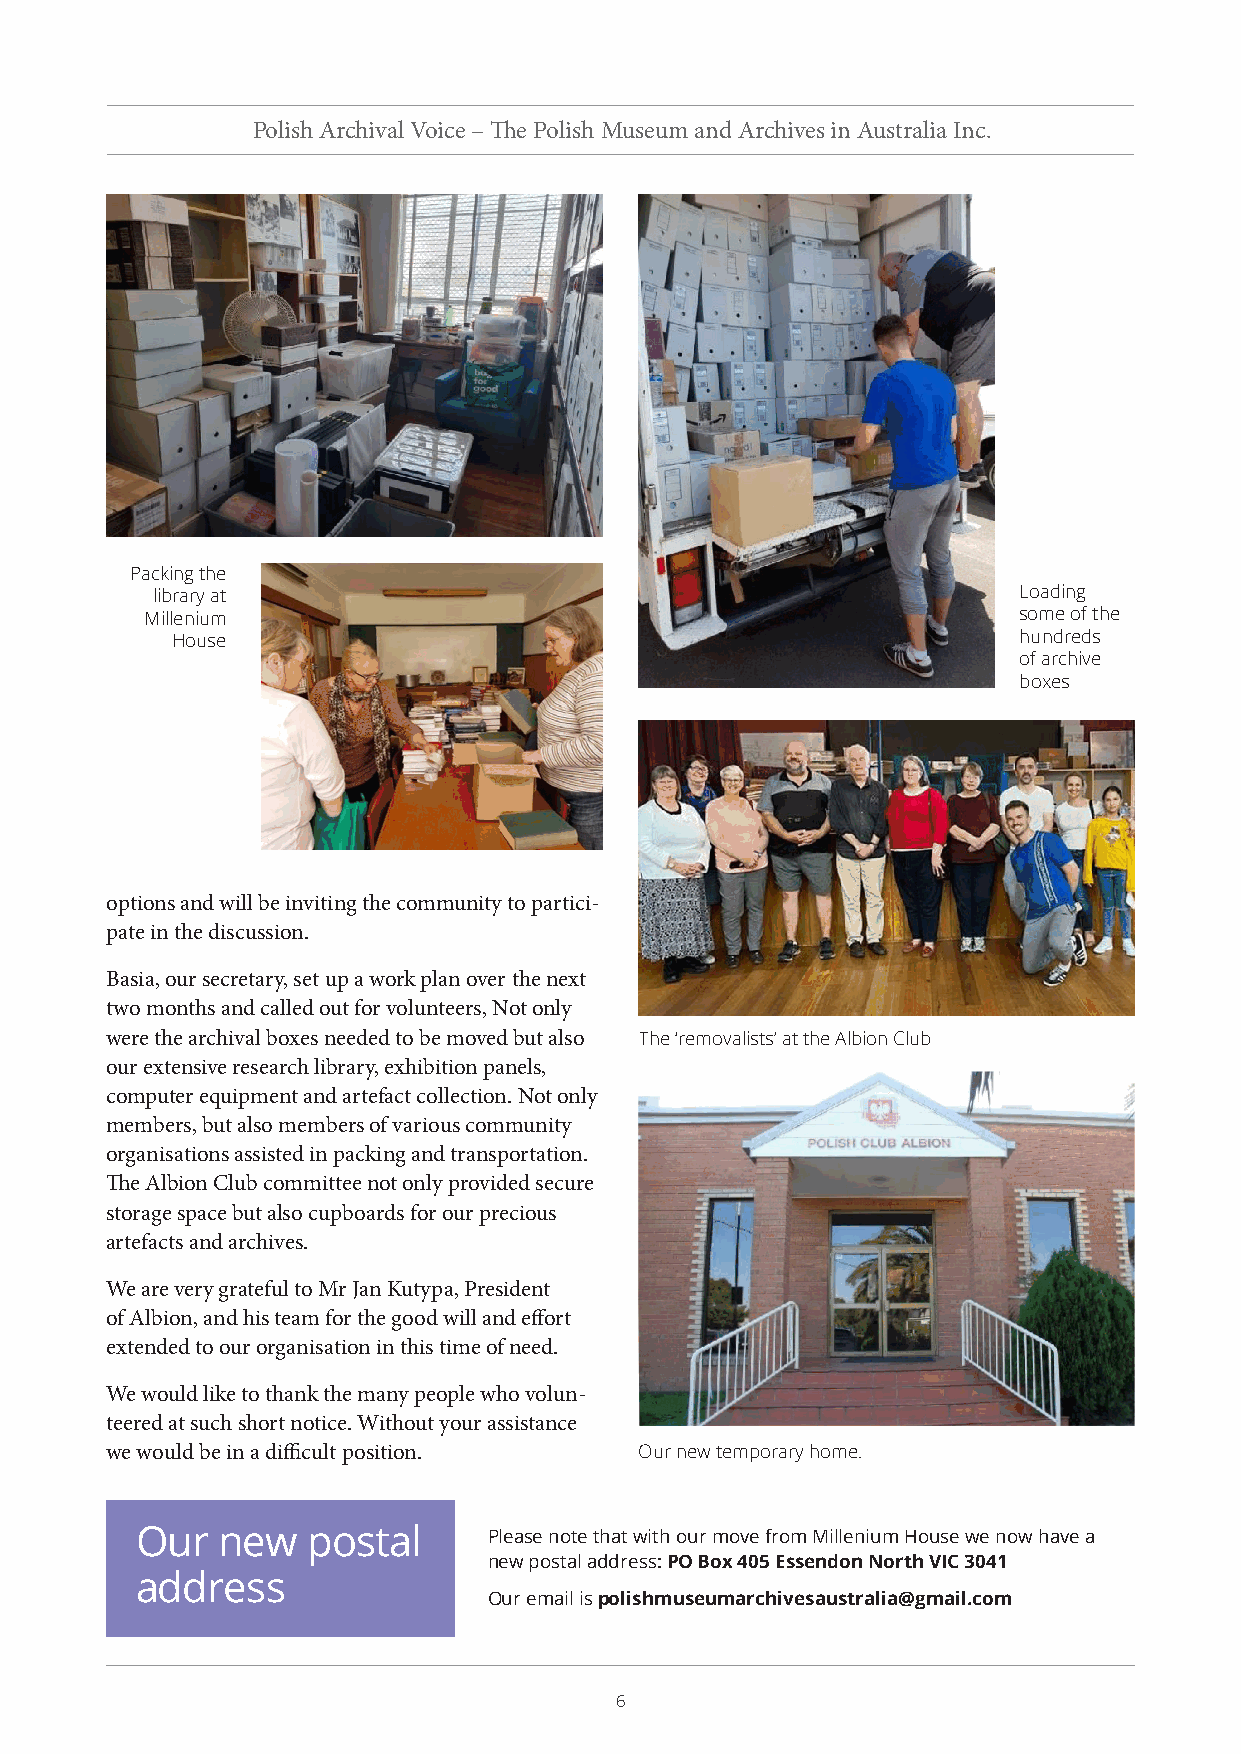
Polish Archival Voice – The Polish Museum and Archives in Australia Inc.
 Packing the
 library at                                               Loading
 Millenium                                                some of the
 House                                                   hundreds
 of archive
 boxes
 options and will be inviting the community to partici-
 pate in the discussion.
 Basia, our secretary, set up a work plan over the next
 two months and called out for volunteers, Not only
 were the archival boxes needed to be moved but also The ‘removalists’ at the Albion Club
 our extensive research library, exhibition panels,
 computer equipment and artefact collection. Not only
 members, but also members of various community
 organisations assisted in packing and transportation.
 The Albion Club committee not only provided secure
 storage space but also cupboards for our precious
 artefacts and archives.
 We are very grateful to Mr Jan Kutypa, President
 of Albion, and his team for the good will and effort
 extended to our organisation in this time of need.
 We would like to thank the many people who volun-
 teered at such short notice. Without your assistance
 we would be in a difficult position. Our new temporary home.
 Our  new   postal      Please note that with our move from Millenium House we now have a
 new postal address: PO Box 405 Essendon North VIC 3041
 address
 Our email is polishmuseumarchivesaustralia@gmail.com
 6